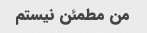
من مطمئن نیستم